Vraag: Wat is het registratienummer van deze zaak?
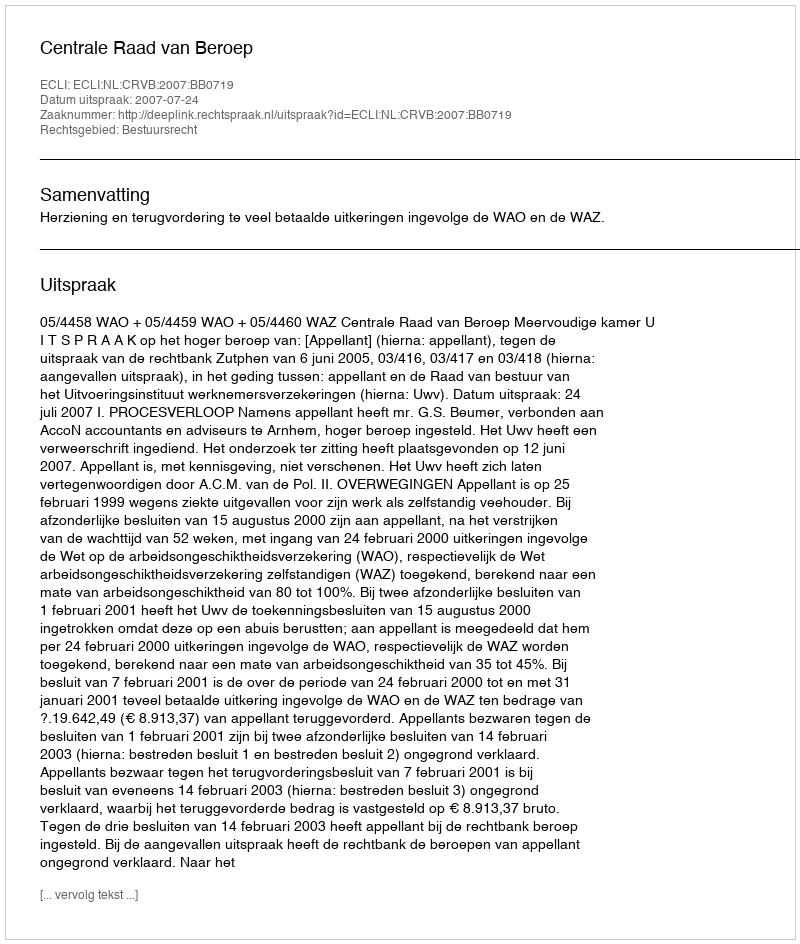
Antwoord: http://deeplink.rechtspraak.nl/uitspraak?id=ECLI:NL:CRVB:2007:BB0719